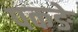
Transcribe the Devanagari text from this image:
पकङे